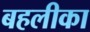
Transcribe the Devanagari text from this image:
बहलीका